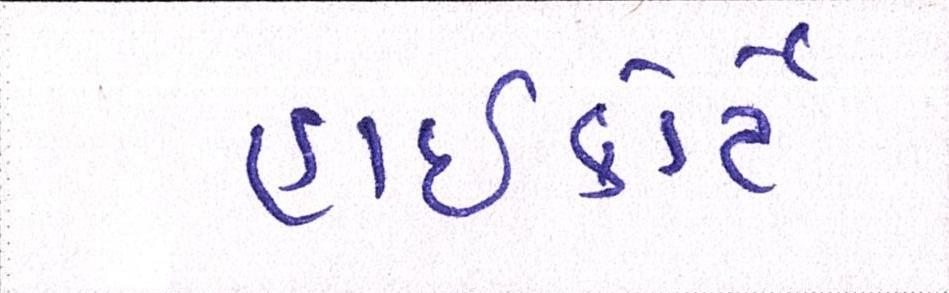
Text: હાઈકોર્ટે